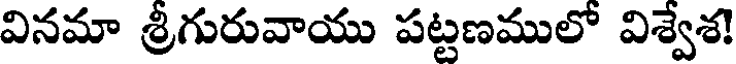
వినమా శ్రీగురువాయు పట్టణములో విశ్వేశ!